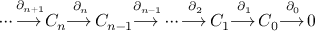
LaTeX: \dotsb { \overset { \partial _ { n + 1 } } { \longrightarrow \, } } C _ { n } { \overset { \partial _ { n } } { \longrightarrow \, } } C _ { n - 1 } { \overset { \partial _ { n - 1 } } { \longrightarrow \, } } \dotsb { \overset { \partial _ { 2 } } { \longrightarrow \, } } C _ { 1 } { \overset { \partial _ { 1 } } { \longrightarrow \, } } C _ { 0 } { \overset { \partial _ { 0 } } { \longrightarrow \, } } 0